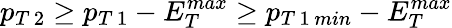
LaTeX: p_{T\, 2}\geq p_{T\, 1}-E_{T}^{max}\geq p_{T\, 1\, min}-E_{T}^{max}